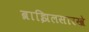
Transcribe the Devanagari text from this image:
ब्राझिलसारखे